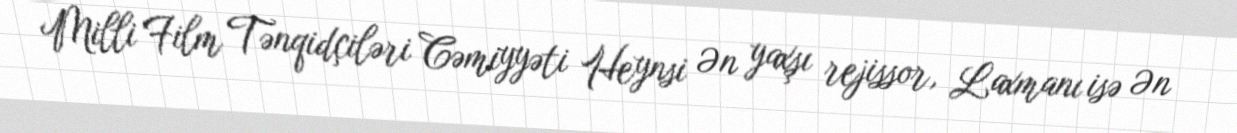
Milli Film Tənqidçiləri Cəmiyyəti Heynsi Ən yaxşı rejissor, Laxmanı isə Ən